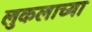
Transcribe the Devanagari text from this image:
लुकलाच्या